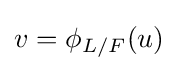
v=\phi _{L/F}(u)